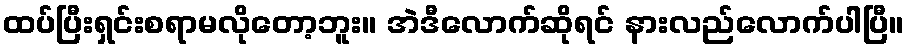
ထပ်ပြီးရှင်းစရာမလိုတော့ဘူး။ အဲဒီလောက်ဆိုရင် နားလည်လောက်ပါပြီ။